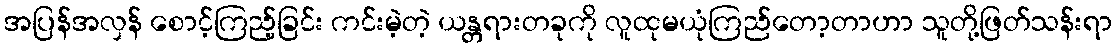
အပြန်အလှန် စောင့်ကြည့်ခြင်း ကင်းမဲ့တဲ့ ယန္တရားတခုကို လူထုမယုံကြည်တော့တာဟာ သူတို့ဖြတ်သန်းရာ